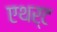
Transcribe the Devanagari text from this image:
एथर्ट